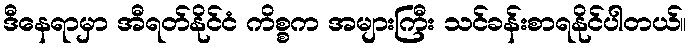
ဒီနေရာမှာ အီရတ်နိုင်ငံ ကိစ္စက အများကြီး သင်ခန်းစာရနိုင်ပါတယ်။